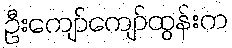
ဦးကျော်ကျော်ထွန်းက